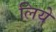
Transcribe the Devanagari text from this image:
लियेे